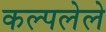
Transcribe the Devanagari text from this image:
कल्पलेले